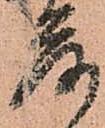
落